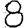
Digit: 8